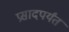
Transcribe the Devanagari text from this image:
प्रसादपर्यंत